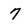
Character: 7